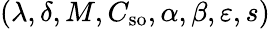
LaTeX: (\lambda,\delta,M,C_{\mathrm{so}},\alpha,\beta,\varepsilon,s)